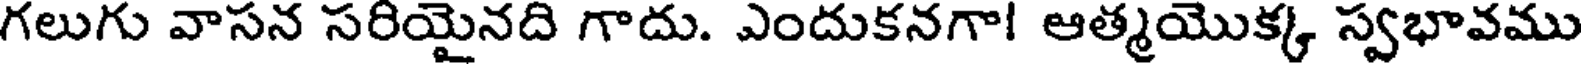
గలుగు వాసన సరియైనది గాదు. ఎందుకనగా! ఆత్మయొక్క స్వభావము